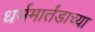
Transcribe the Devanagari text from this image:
धर्ममार्तंडाच्या